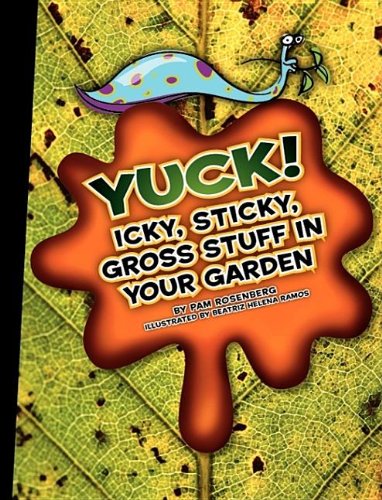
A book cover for Yuck! Icky, Sticky, Gross Stuff in Your Garden (Icky, Sticky, Gross-Out Books); Pam Rosenberg; Crafts, Hobbies & Home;